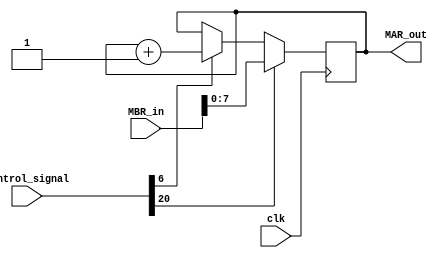
module PC
(
    input clk,
    input [31:0]control_signal,
    input [15:0]MBR_in,
    output [7:0]MAR_out
);

reg [7:0]address = 8'b0000_0000;
assign MAR_out = address;

always@(posedge clk) begin
    // PC<-MBR 
    if(control_signal[20]) begin
        address <= MBR_in[7:0];
    end

    // PC
    else if(control_signal[6]) begin
        address <= address+1;
    end
    
end

endmodule